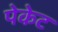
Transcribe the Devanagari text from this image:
पेकेट